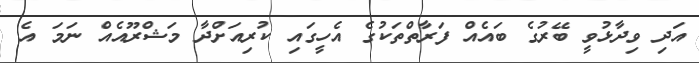
އަދި ވިދާޅުވީ ބޭރުގެ ބައެއް ފަރާތްތަކުގެ އެހީގައި ކުރިއަށްދާ މަޝްރޫއެއް ނަމަ އެ